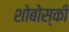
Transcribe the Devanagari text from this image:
शोबोस्की